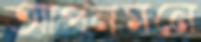
আপনমনে